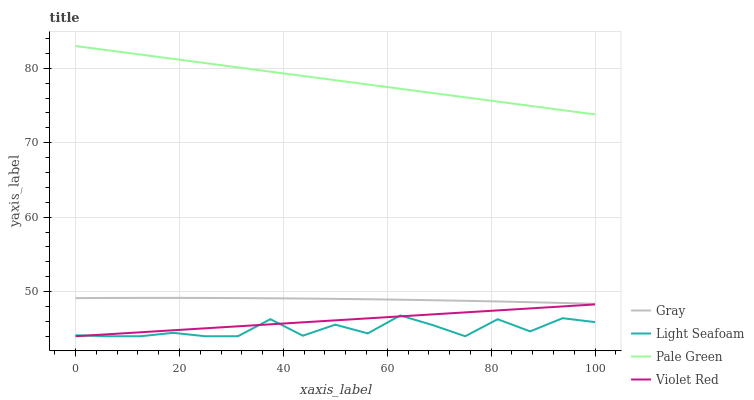
| xaxis_label | Gray | Light Seafoam | Pale Green | Violet Red |
 | --- | --- | --- | --- | --- |
 | 0 | 49.1 | 44.1 | 83 | 44 |
 | 6.25 | 49.1 | 44 | 82.4 | 44.3 |
 | 12.5 | 49.2 | 44 | 81.9 | 44.5 |
 | 18.8 | 49.2 | 44.5 | 81.3 | 44.8 |
 | 25 | 49.1 | 44 | 80.7 | 45.1 |
 | 31.2 | 49.1 | 44 | 80.1 | 45.3 |
 | 37.5 | 49.1 | 46.3 | 79.6 | 45.6 |
 | 43.8 | 49.1 | 44.1 | 79 | 45.9 |
 | 50 | 49 | 45.6 | 78.4 | 46.1 |
 | 56.2 | 49 | 44.4 | 77.8 | 46.4 |
 | 62.5 | 48.9 | 46.8 | 77.3 | 46.7 |
 | 68.8 | 48.8 | 45.5 | 76.7 | 46.9 |
 | 75 | 48.8 | 44 | 76.1 | 47.2 |
 | 81.2 | 48.7 | 46.3 | 75.5 | 47.5 |
 | 87.5 | 48.6 | 44.7 | 75 | 47.7 |
 | 93.8 | 48.5 | 46.4 | 74.4 | 48 |
 | 100 | 48.4 | 45.9 | 73.8 | 48.3 |